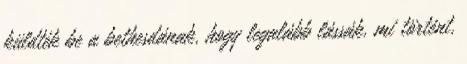
küldték be a bethesdának, hogy legalább lássák, mi történt,